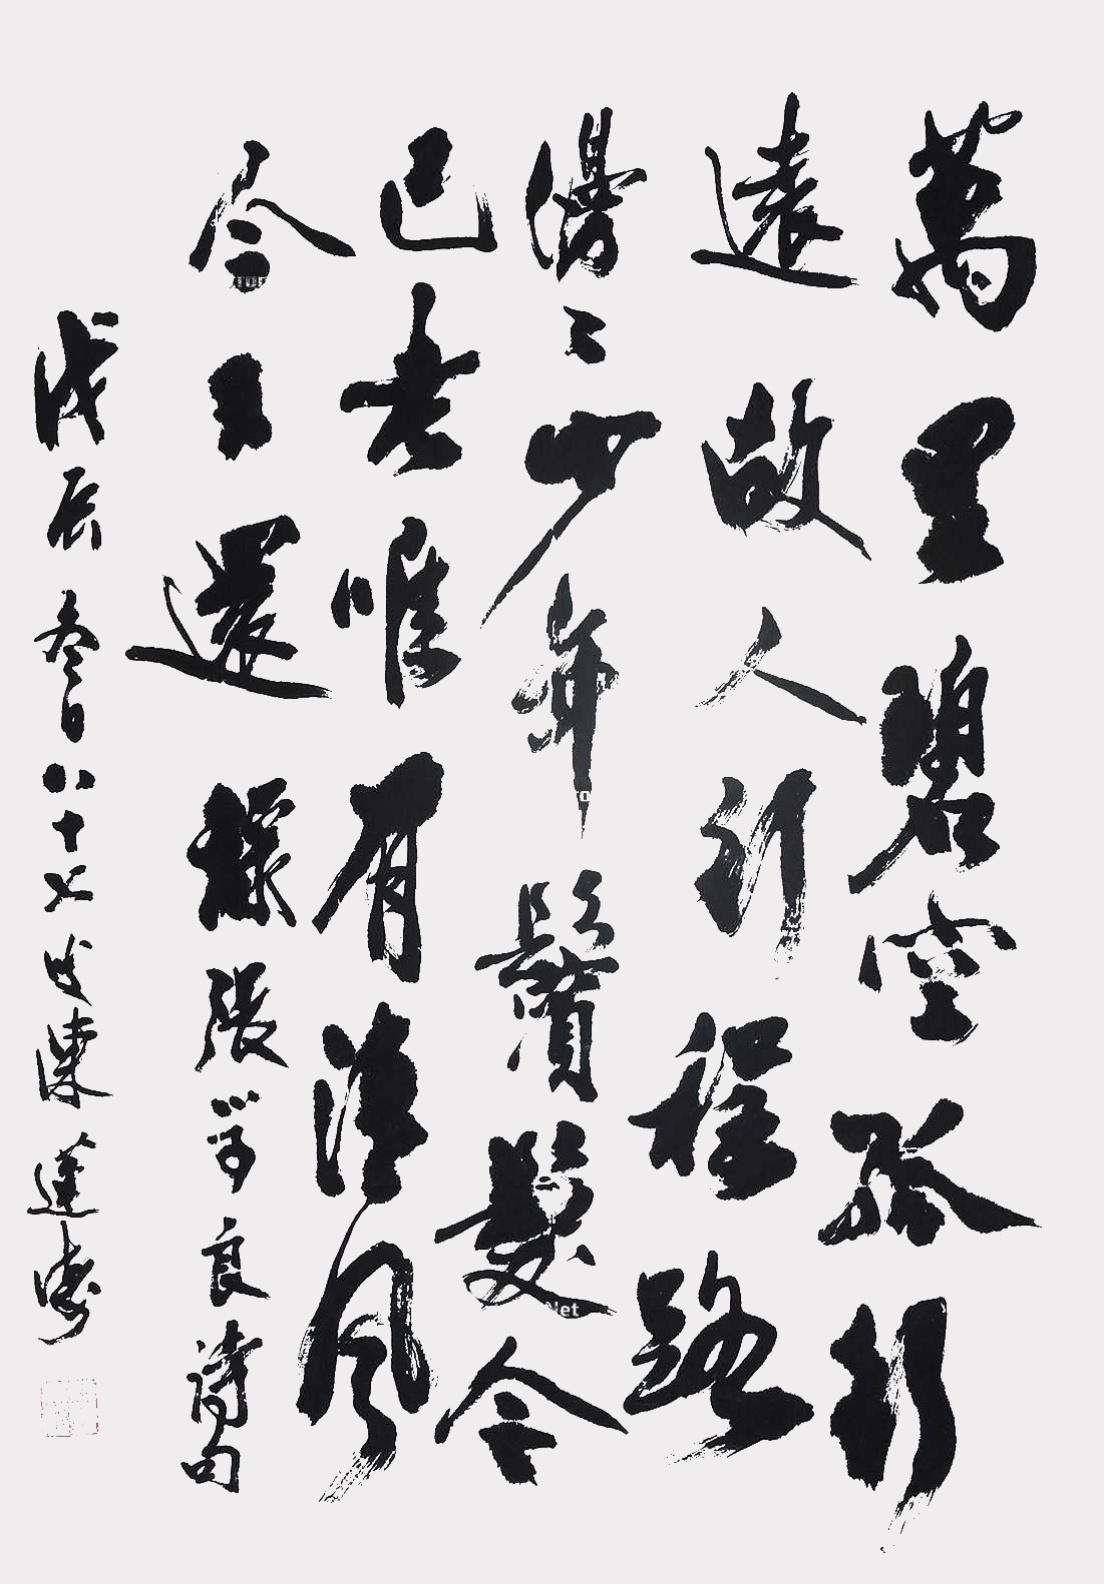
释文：万里碧空孤影远，故人行程路漫漫。少年鬓发今已老，唯有清风今又还。录张学良诗句，戊辰冬日八十七叟陈莲涛。